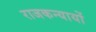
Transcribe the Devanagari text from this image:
राजकन्यायों